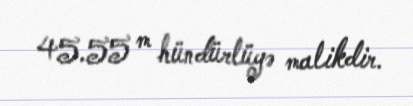
45.55 m hündürlüyə malikdir.